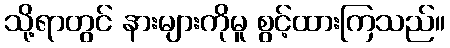
သို့ရာတွင် နားများကိုမူ စွင့်ထားကြသည်။